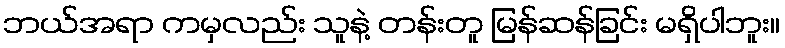
ဘယ်အရာ ကမှလည်း သူနဲ့ တန်းတူ မြန်ဆန်ခြင်း မရှိပါဘူး။